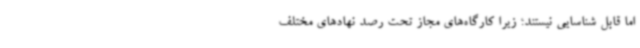
اما قابل شناسایی نیستند؛ زیرا کارگاه‌های مجاز تحت رصد نهادهای مختلف